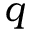
q